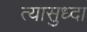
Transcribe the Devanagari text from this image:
त्यासुध्दा